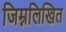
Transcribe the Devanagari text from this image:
जिम्नलिखित